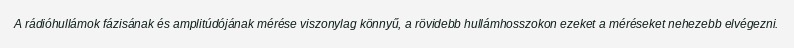
A rádióhullámok fázisának és amplitúdójának mérése viszonylag könnyű, a rövidebb hullámhosszokon ezeket a méréseket nehezebb elvégezni.